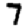
Digit: 7